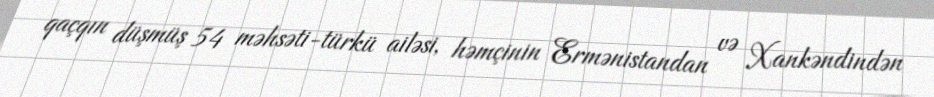
qaçqın düşmüş 54 məhsəti-türkü ailəsi, həmçinin Ermənistandan və Xankəndindən